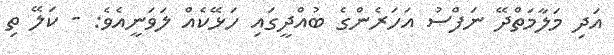
އަދި މަލާމަތްދޭ ނަފްސު އަހަރެންގެ ބުއްދީގައި ހަޅޭކެއް ލަވަނީއެވެ: - ކަލޭ ތި